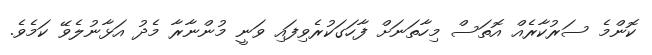
ކޮންމެ ސަރުކާރެއް އޮތަސް މިހާތަނަށް ފާހަގަކުރެވިފައި ވަނީ މުންނާރާ މެދު އަޅާނުލެވޭ ކަމެވެ.